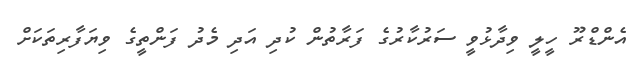
އެންޑްރޫ ހީލީ ވިދާޅުވީ ސަރުކާރުގެ ފަރާތުން ކުދި އަދި މެދު ފަންތީގެ ވިޔަފާރިތަކަށް